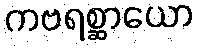
ကဗရစ္ဆာယော